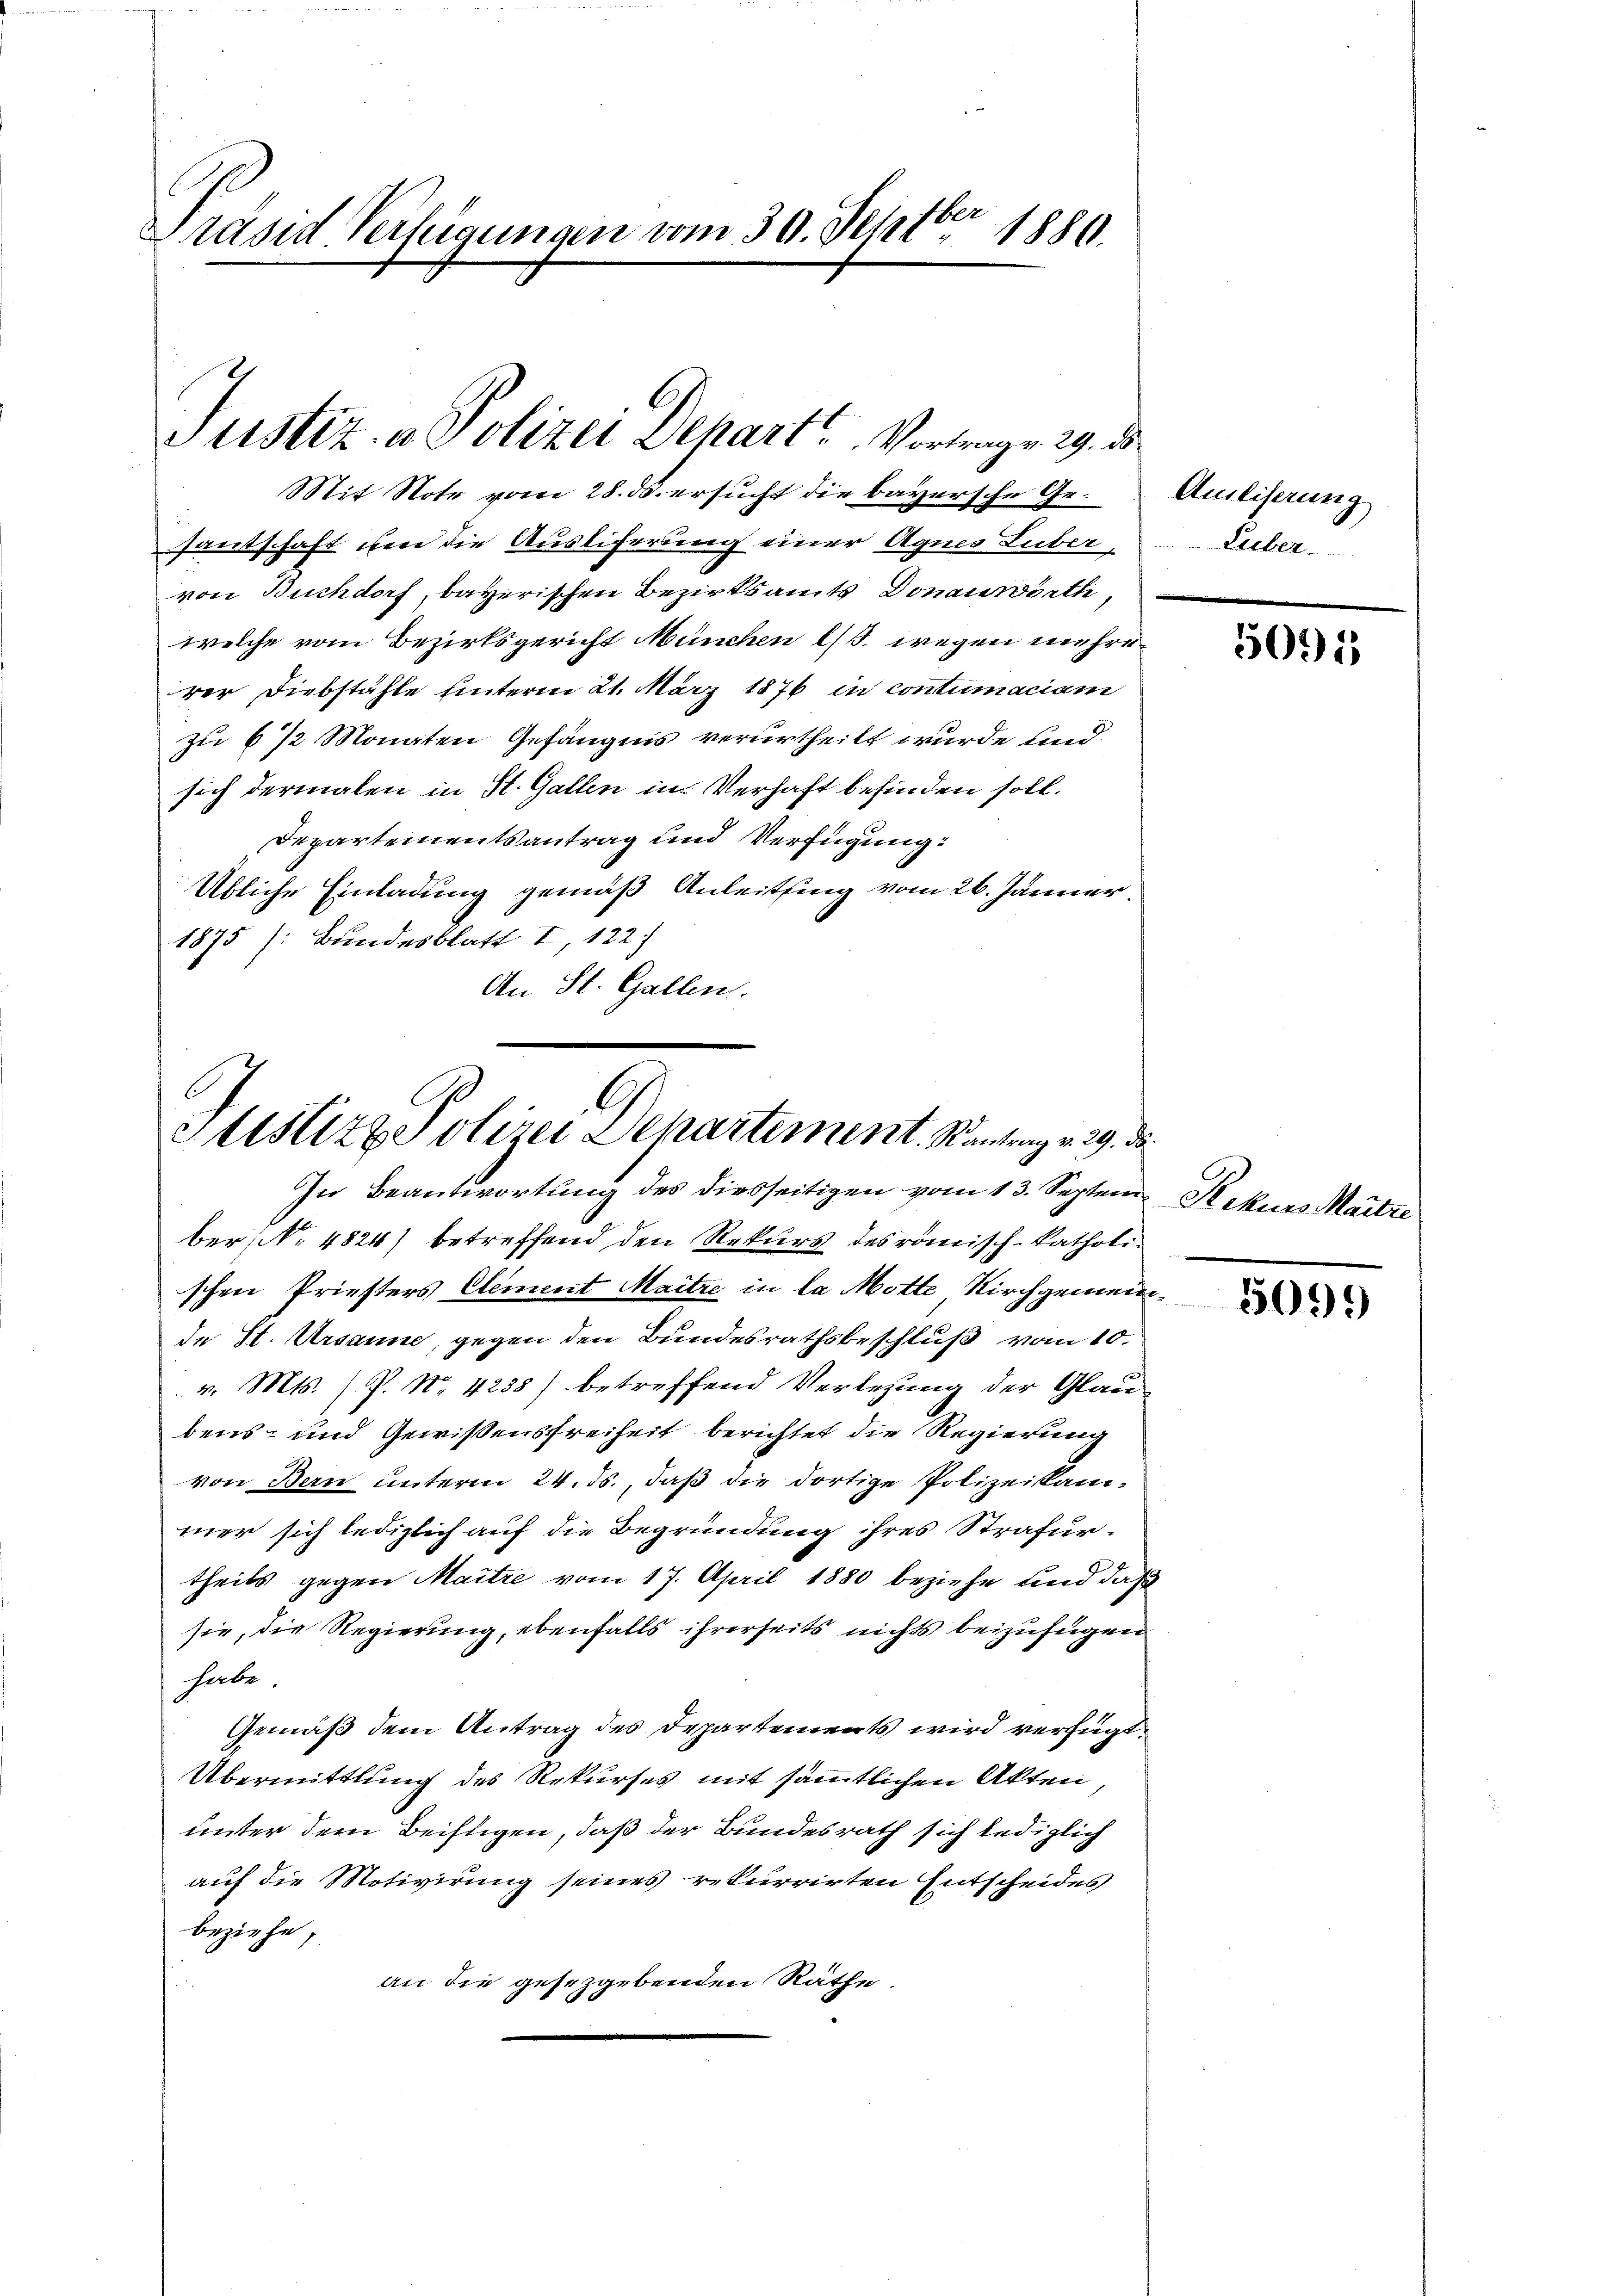
Präsid Verlegungen vom 30. Jetztber 1880.

Justiz- & Polizei Depart Vortrage 19. d.

Mit Note vom 28. ds. ersucht die bayersche Gesantschaft um die Ausliferung einer Agnes Luber,
von Buchdorf, bayerischen Bezirksamts Donauwörth
welche vom Bezirksgericht München l. wegen mehrerer Diebstähle unterm 21. März 1876 in contumaciam
zu 6 1/2 Monaten Gefängnis verurtheilt wurde und
sich dermalen in St. Gallen in Verhaft befinden soll.
Departementsantrag und Verfügung:
Übliche Einladung gemäß Anleitung vom 26. Jänner.
1875 (Bundesblatt I, 122)
An St. Gallen.

.
Stistire Polizei Departement. Kantrag v. 29. de
In Beantwortung des diesseitigen vom 13. Septem

ber; No. 4824) betreffend den Rekurs des römisch-katholischen Priesters Clement Maitre in la Motte Kirchgemeinde St. Ursanne, gegen den Bundesrathsbeschluß vom 10.
v. Mts. P. Nr. 4238) betreffend Verlesung der Glaubens- und Gewissensfreiheit berichtet die Regierung
von Bern unterm 24. Js., daß die dortige Polizeikammer sich lediglich auf die Begründung ihres Strafurtheils gegen Maitre vom 17. April 1880 beziehe und daß
sie, die Regierung, ebenfalls ihrerseits nichts beizufügen
habe.
Gemäß dem Antrag des Departements wird verfügt
Übermittlung des Rekurses mit sämmtlichen Akten,
unter dem Beifügen, daß der Bundesrath sich lediglich
auf die Motivirung seines rekurrirten Entscheides
beziehe,
an die gesezgebenden Räthe.

Aniliserung
Lieben.

5091

Rekurs Martze

5099